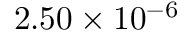
2 . 5 0 \times 1 0 ^ { - 6 }